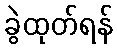
ခွဲထုတ်ရန်